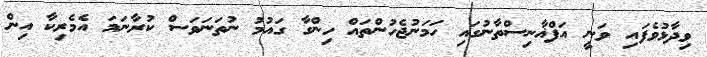
ވިދާޅުވެފައި ވަނީ އަފްޣާނިސްތާނުގައި ހަމަނުޖެހުންތައް ހިންގާ ގައުމު ނުތަނަވަސް ކުރާނަމަ އެމެރިކާ އިން